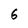
Character: 6